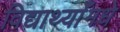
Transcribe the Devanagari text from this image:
विद्यार्थ्याँमधे